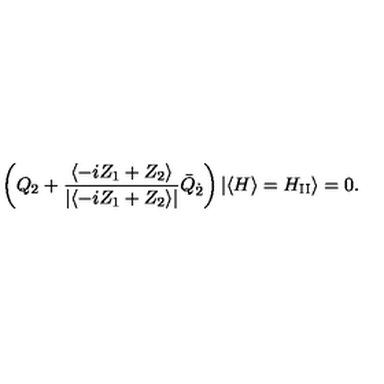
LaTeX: \left( Q _ { 2 } + \frac { \langle - i Z _ { 1 } + Z _ { 2 } \rangle } { | \langle - i Z _ { 1 } + Z _ { 2 } \rangle | } \bar { Q } _ { \dot { 2 } } \right) | \langle H \rangle = H _ { \mathrm { I I } } \rangle = 0 .